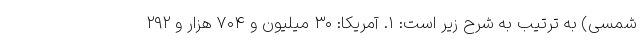
شمسی) به ترتیب به شرح زیر است: ۱. آمریکا: ۳۰ میلیون و ۷۰۴ هزار و ۲۹۲